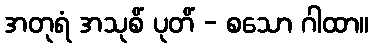
အတုရံ အသုစိံ ပုတိံ - စသော ဂါထာ။